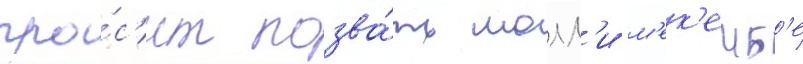
про́с'ит позва́ть молл'и м'ек'емб'е